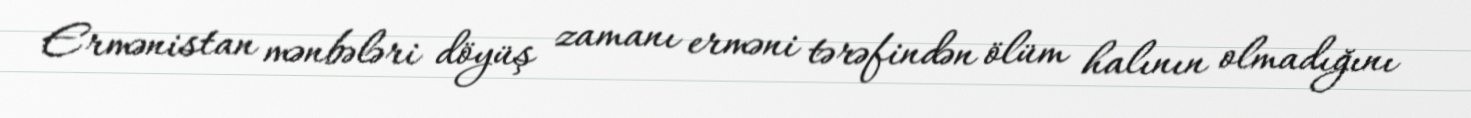
Ermənistan mənbələri döyüş zamanı erməni tərəfindən ölüm halının olmadığını